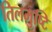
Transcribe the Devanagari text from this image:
तिलमुष्टि